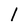
Character: l